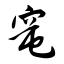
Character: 窀